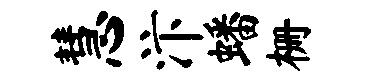
慧汴蟠栅